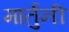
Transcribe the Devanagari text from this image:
मार्तुनी